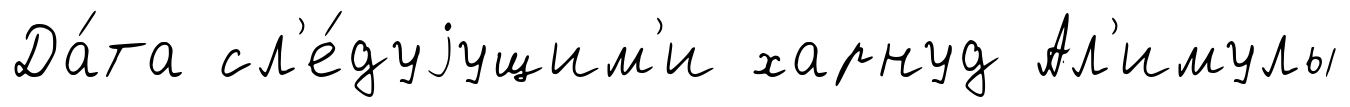
Да́та сл'е́дуjущим'и харнуд Ал'имулы